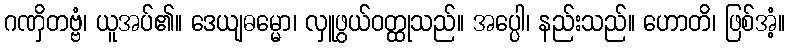
ဂဏှိတဗ္ဗံ၊ ယူအပ်၏။ ဒေယျဓမ္မော၊ လှူဖွယ်ဝတ္ထုသည်။ အပ္ပေါ၊ နည်းသည်။ ဟောတိ၊ ဖြစ်အံ့။